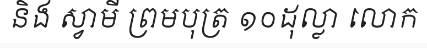
និង ស្វាមី ព្រមបុត្រ ១០ដុល្លា លោក